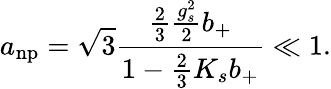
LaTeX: a_{\mathrm{np}}=\sqrt{3}\frac{\frac{2}{3}\frac{g_{s}^{2}}{2}b_{+}}{1-\frac{2}{3}K_{s}b_{+}}\ll 1.